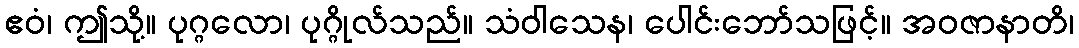
ဧဝံ၊ ဤသို့။ ပုဂ္ဂလော၊ ပုဂ္ဂိုလ်သည်။ သံဝါသေန၊ ပေါင်းဘော်သဖြင့်။ အဝဇာနာတိ၊